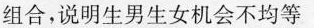
组合，说明生男生女机会不均等